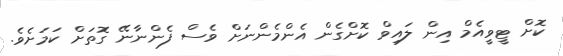
ކޮށް ޓީވީއެމް އިން ލައިވް ކޮށްގެން އެންމެންނަށް ވެސް ފެންނާނޭ ގޮތަށް ކަމަށެވެ.